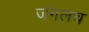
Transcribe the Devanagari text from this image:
जंगलच